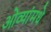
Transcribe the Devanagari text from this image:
ओव्यांमधे